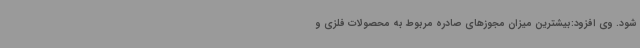
شود. وی افزود:بیشترین میزان مجوزهای صادره مربوط به محصولات فلزی و